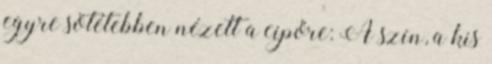
egyre sötétebben nézett a cipőre: A szín, a kis